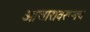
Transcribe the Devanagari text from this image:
आचारावरूनच